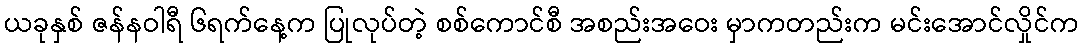
ယခုနှစ် ဇန်နဝါရီ ၆ရက်နေ့က ပြုလုပ်တဲ့ စစ်ကောင်စီ အစည်းအဝေး မှာကတည်းက မင်းအောင်လှိုင်က